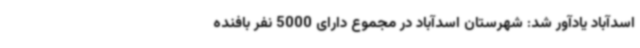
اسدآباد یادآور شد: شهرستان اسدآباد در مجموع دارای 5000 نفر بافنده